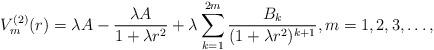
LaTeX: \begin{align*} V^{(2)}_m(r) = \lambda A - \frac{\lambda A}{1+\lambda r^2} + \lambda \sum_{k=1}^{2m} \frac{B_k} {(1+\lambda r^2)^{k+1}}, m=1, 2, 3, \ldots,\end{align*}